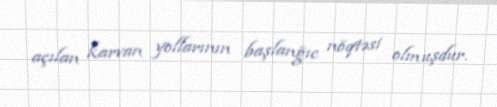
açılan karvan yollarının başlanğıc nöqtəsi olmuşdur.